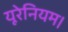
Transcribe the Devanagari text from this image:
यूरेनियम।